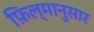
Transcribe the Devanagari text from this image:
फ़िल्मानुसार